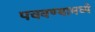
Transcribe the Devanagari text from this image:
पचवण्यामध्ये